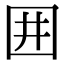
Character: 囲